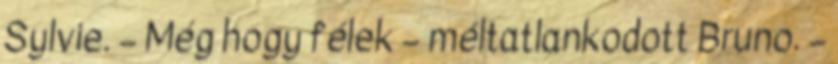
Sylvie. – Még hogy félek – méltatlankodott Bruno. –